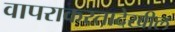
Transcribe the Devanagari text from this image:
वापराकरतादेखील